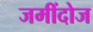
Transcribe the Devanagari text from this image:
जमींदोज